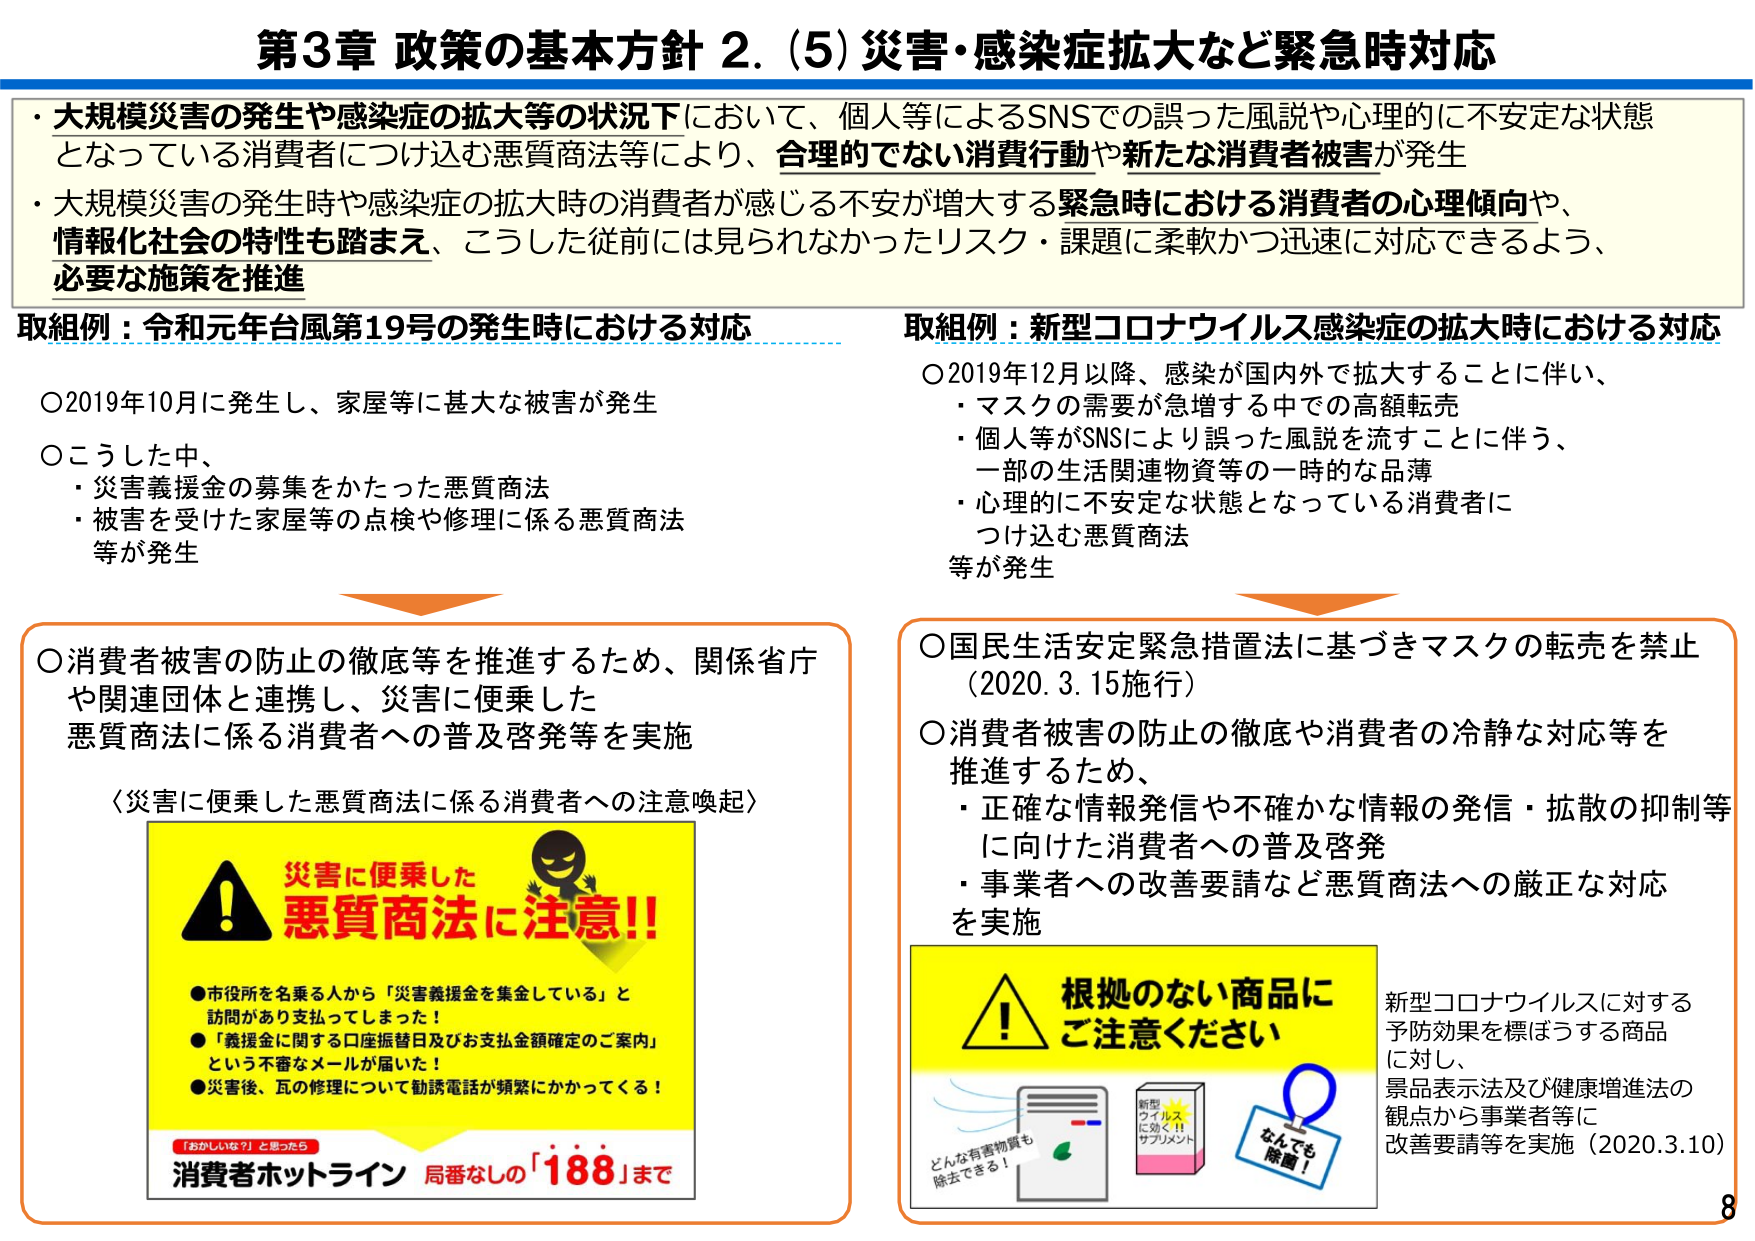
第3章 政策の基本方針 2. (5) 災害・感染症拡大など緊急時対応

・大規模災害の発生や感染症の拡大等の状況下において、個人等によるSNSでの誤った風説や心理的に不安定な状態となっている消費者につけ込む悪質商法等により、合理的でない消費行動や新たな消費者被害が発生
・大規模災害の発生時や感染症の拡大時の消費者が感じる不安が増大する緊急時における消費者の心理傾向や、情報化社会の特性も踏まえ、こうした従前には見られなかったリスク・課題に柔軟かつ迅速に対応できるよう、必要な施策を推進

取組例：令和元年台風第19号の発生時における対応
○2019年10月に発生し、家屋等に甚大な被害が発生
○こうした中、
・災害義援金の募集をかたった悪質商法
・被害を受けた家屋等の点検や修理に係る悪質商法等が発生

取組例：新型コロナウイルス感染症の拡大時における対応
○2019年12月以降、感染が国内外で拡大することに伴い、
・マスクの需要が急増する中での高額転売
・個人等がSNSにより誤った風説を流すことに関わる、一部の生活関連物資等の一時的な品薄
・心理的に不安定な状態となっている消費者につけ込む悪質商法等が発生

○消費者被害の防止の徹底等を推進するため、関係省庁や関連団体と連携し、災害に便乗した悪質商法に係る消費者への普及啓発等を実施
〈災害に便乗した悪質商法に係る消費者への注意喚起〉
災害に便乗した
悪質商法に注意!!
●市役所を名乗る人から「災害義援金を集金している」と訪問があり支払ってしまった！
●「義援金に関する口座振替日及びお支払金額確定のご案内」という不審なメールが届いた！
●災害後、瓦の修理について勧誘電話が頻繁にかかってくる！
「おかしいな？」と思ったら
消費者ホットライン 局番なしの「188」まで

○国民生活安定緊急措置法に基づきマスクの転売を禁止（2020.3.15施行）
○消費者被害の防止の徹底や消費者の冷静な対応等を推進するため、
・正確な情報発信や不確かな情報の発信・拡散の抑制等に向けた消費者への普及啓発
・事業者への改善要請など悪質商法への厳正な対応を実施

根拠のない商品に
ご注意ください
どんな有害物質も
除去できる！
新型ウイルス
に効く！
サプリメント
なんでも
除菌！

新型コロナウイルスに対する予防効果を標ぼうする商品に対し、景品表示法及び健康増進法の観点から事業者等に改善要請等を実施（2020.3.10）

8